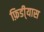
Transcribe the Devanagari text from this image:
फ़िडी्यास